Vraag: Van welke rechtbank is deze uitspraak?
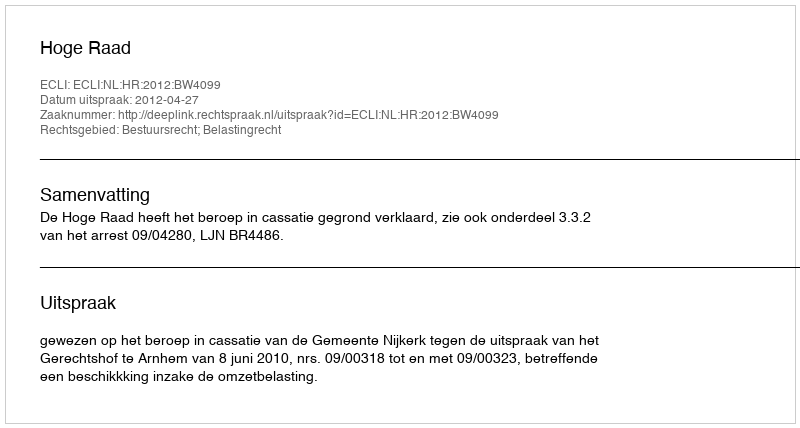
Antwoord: Hoge Raad